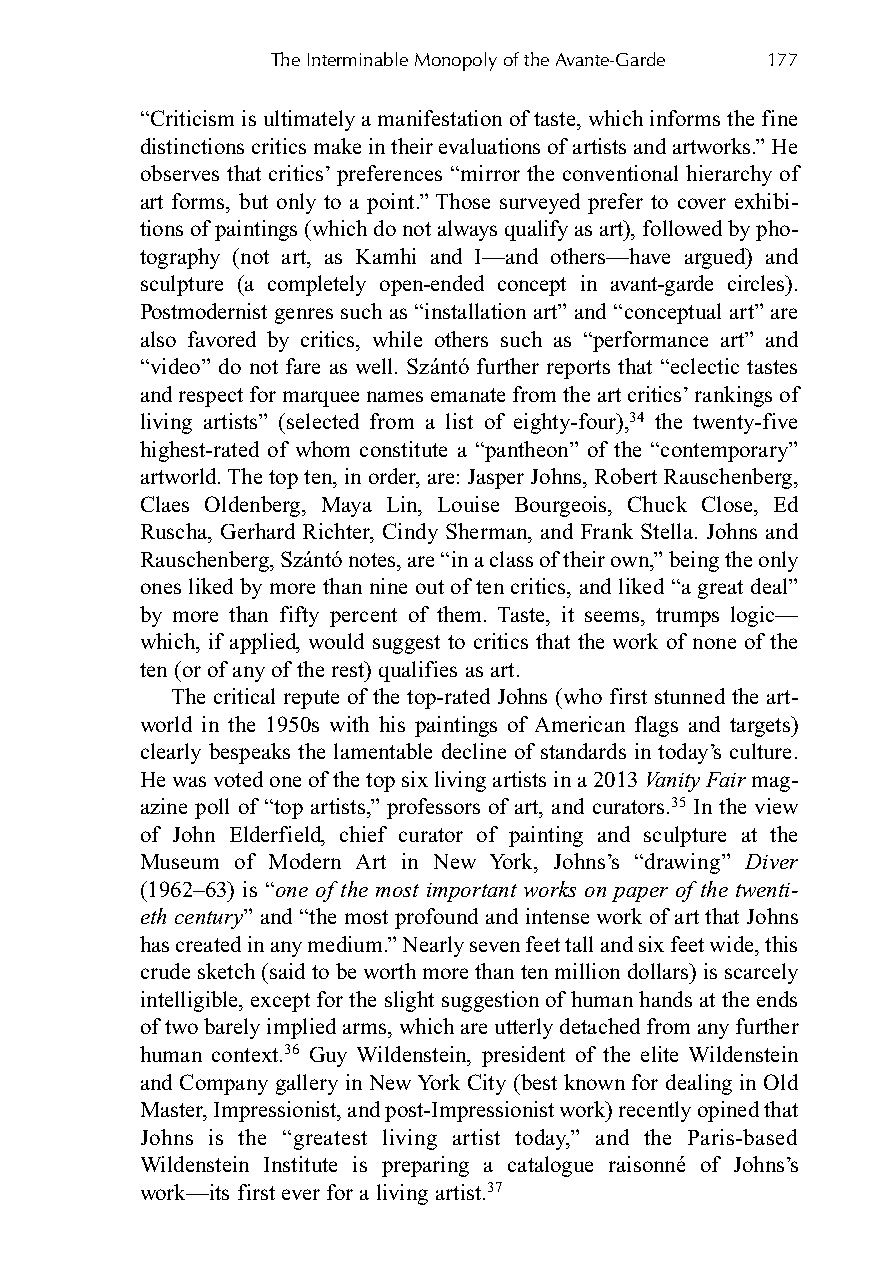
The Interminable Monopoly of the Avante-Garde 177
 “Criticism is ultimately a manifestation of taste, which informs the fine
 distinctions critics make in their evaluations of artists and artworks.” He
 observes that critics’ preferences “mirror the conventional hierarchy of
 art forms, but only to a point.” Those surveyed prefer to cover exhibi-
 tions of paintings (which do not always qualify as art), followed by pho-
 tography (not art, as Kamhi and I—and others—have argued) and
 sculpture (a completely open-ended concept in avant-garde circles).
 Postmodernistgenres such as “installation art” and “conceptual art” are
 also favored by critics, while others such as “performance art” and
 “video” do not fare as well. Szántó further reports that “eclectic tastes
 and respect for marquee names emanate from the art critics’ rankings of
 living artists” (selected from a list of eighty-four),34 the twenty-five
 highest-rated of whom constitute a “pantheon” of the “contemporary”
 artworld. The top ten, in order, are: Jasper Johns, Robert Rauschenberg,
 Claes Oldenberg, Maya Lin, Louise Bourgeois, Chuck Close, Ed
 Ruscha, Gerhard Richter, Cindy Sherman, and Frank Stella. Johns and
 Rauschenberg, Szántó notes, are “in a class of their own,” being the only
 ones liked by more than nine out of ten critics, and liked “a great deal”
 by more than fifty percent of them. Taste, it seems, trumps logic—
 which, if applied, would suggest to critics that the work of none of the
 ten (or of any of the rest) qualifies as art.
 The critical repute of the top-rated Johns (who first stunned the art-
 world in the 1950s with his paintings of American flags and targets)
 clearly bespeaks the lamentable decline of standards in today’s culture.
 He was voted one of the top six living artists in a 2013 Vanity Fair mag-
 azine poll of “top artists,” professors of art, and curators.35 In the view
 of John Elderfield, chief curator of painting and sculpture at the
 Museum of Modern Art in New York, Johns’s “drawing” Diver
 (1962–63) is “one of the most important works on paper of the twenti-
 eth century” and “the most profound and intense work of art that Johns
 has created in any medium.” Nearly seven feet tall and six feet wide, this
 crude sketch (said to be worth more than ten million dollars) is scarcely
 intelligible, except for the slight suggestion of human hands at the ends
 of two barely implied arms, which are utterly detached from any further
 human context.36 Guy Wildenstein, president of the elite Wildenstein
 and Company gallery in New York City (best known for dealing in Old
 Master, Impressionist, and post-Impressionist work) recently opined that
 Johns is the “greatest living artist today,” and the Paris-based
 Wildenstein Institute is preparing a catalogue raisonné of Johns’s
 work—its first ever for a living artist.37